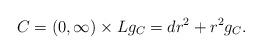
LaTeX: \begin{align*}C = (0, \infty) \times L g_C = dr^2 + r^2 g_C.\end{align*}